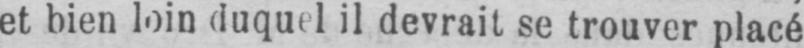
il devrait se trouver placé